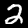
Digit: 2